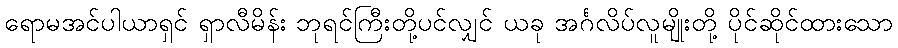
ရောမအင်ပါယာရှင် ရှာလီမိန်း ဘုရင်ကြီးတို့ပင်လျှင် ယခု အင်္ဂလိပ်လူမျိုးတို့ ပိုင်ဆိုင်ထားသော